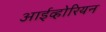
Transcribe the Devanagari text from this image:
आईव्होरियन